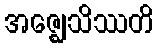
အဇ္ဈေသိဿတိ